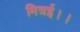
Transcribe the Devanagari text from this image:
मित्रई।।